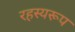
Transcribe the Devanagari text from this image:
रहस्यरूप